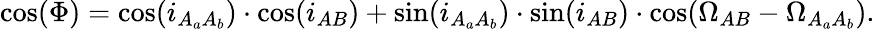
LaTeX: \cos(\Phi)=\cos(i_{A_{a}A_{b}})\cdot\cos(i_{AB})+\sin(i_{A_{a}A_{b}})\cdot\sin(i_{AB})\cdot\cos(\Omega_{AB}-\Omega_{A_{a}A_{b}}).